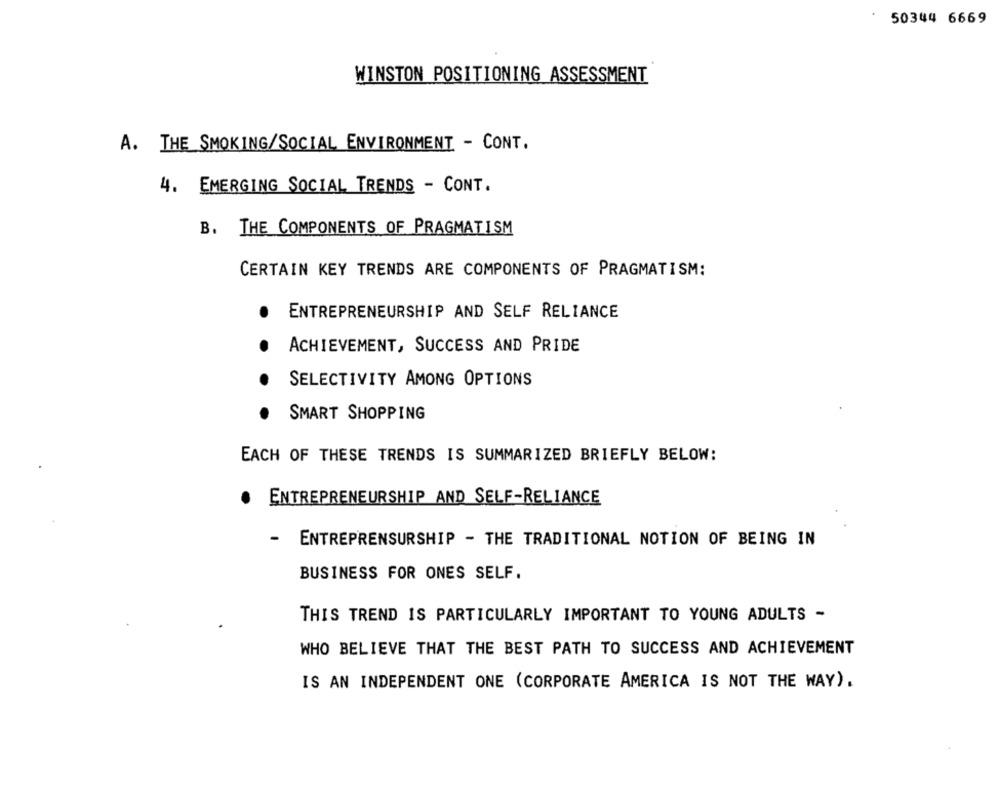
50344 6669
WINSTON POSITIONING ASSESSMENT
A. THE SMOKING/SOCIAL ENVIRONMENT - CONT.
4. EMERGING SOCIAL TRENDS - CONT.
B. THE COMPONENTS OF PRAGMATISM
CERTAIN KEY TRENDS ARE COMPONENTS OF PRAGMATISM:
ENTREPRENEURSHIP AND SELF RELIANCE
ACHIEVEMENT, SUCCESS AND PRIDE
SELECTIVITY AMONG OPTIONS
SMART SHOPPING
EACH OF THESE TRENDS IS SUMMARIZED BRIEFLY BELOW:
.
ENTREPRENEURSHIP AND SELF-RELIANCE
- ENTREPRENSURSHIP - THE TRADITIONAL NOTION OF BEING IN
BUSINESS FOR ONES SELF.
THIS TREND IS PARTICULARLY IMPORTANT TO YOUNG ADULTS -
WHO BELIEVE THAT THE BEST PATH TO SUCCESS AND ACHIEVEMENT
IS AN INDEPENDENT ONE (CORPORATE AMERICA IS NOT THE WAY).